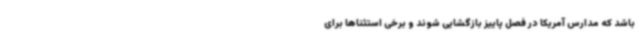
باشد که مدارس آمریکا در فصل پاییز بازگشایی شوند و برخی استثناها برای